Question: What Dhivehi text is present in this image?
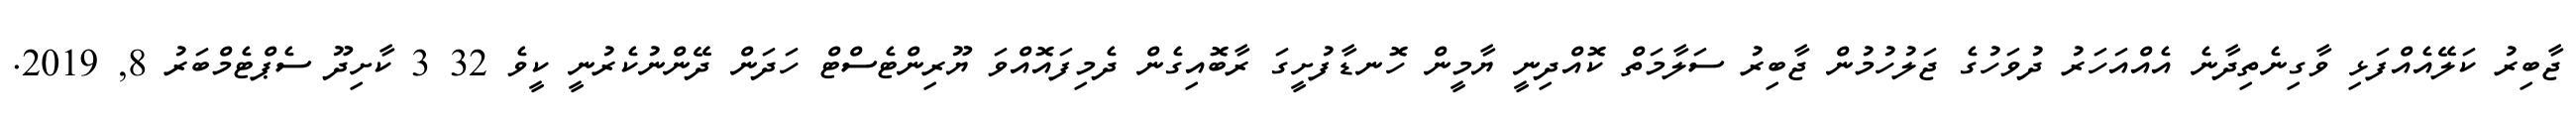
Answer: ޖާބިރު ކަލޭއެއްފަޅި ވާގިނެތިދާނެ އެއްއަހަރު ދުވަހުގެ ޖަލުހުމުން ޖާބިރު ސަލާމަތް ކޮއްދިނީ ޔާމީން ހޮނޑާފުށީގަ ރާބޮއިގެން ދެމިފައޮއްވަ ޔޫރިންޓެސްޓް ހަދަން ދޭންނުކެރުނީ ކީވެ 32 3 ކާށިދޫ ސެޕްޓެމްބަރު 8, 2019.